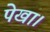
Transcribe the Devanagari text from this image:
पेखा।